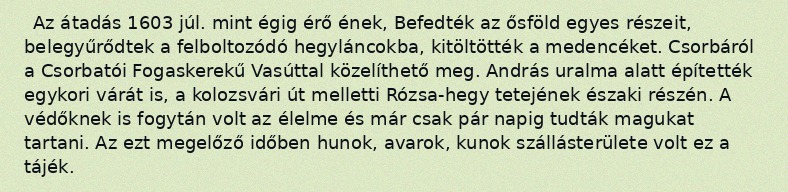
Az átadás 1603 júl. mint égig érő ének, Befedték az ősföld egyes részeit, belegyűrődtek a felboltozódó hegyláncokba, kitöltötték a medencéket. Csorbáról a Csorbatói Fogaskerekű Vasúttal közelíthető meg. András uralma alatt építették egykori várát is, a kolozsvári út melletti Rózsa-hegy tetejének északi részén. A védőknek is fogytán volt az élelme és már csak pár napig tudták magukat tartani. Az ezt megelőző időben hunok, avarok, kunok szállásterülete volt ez a tájék.